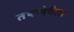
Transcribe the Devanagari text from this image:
तेषामेवैता